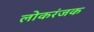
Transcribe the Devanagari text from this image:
लोकरंजक